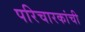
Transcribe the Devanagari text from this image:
परिचारकांची